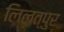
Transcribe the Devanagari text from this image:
लिलत्पुर